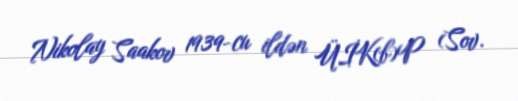
Nikolay Saakov 1939-cu ildən ÜİK(b)P (Sov.